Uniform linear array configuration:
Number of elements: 48
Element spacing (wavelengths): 1
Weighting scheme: exponential
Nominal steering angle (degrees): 30
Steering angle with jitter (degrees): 29.213
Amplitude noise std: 0.05
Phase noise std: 0.05

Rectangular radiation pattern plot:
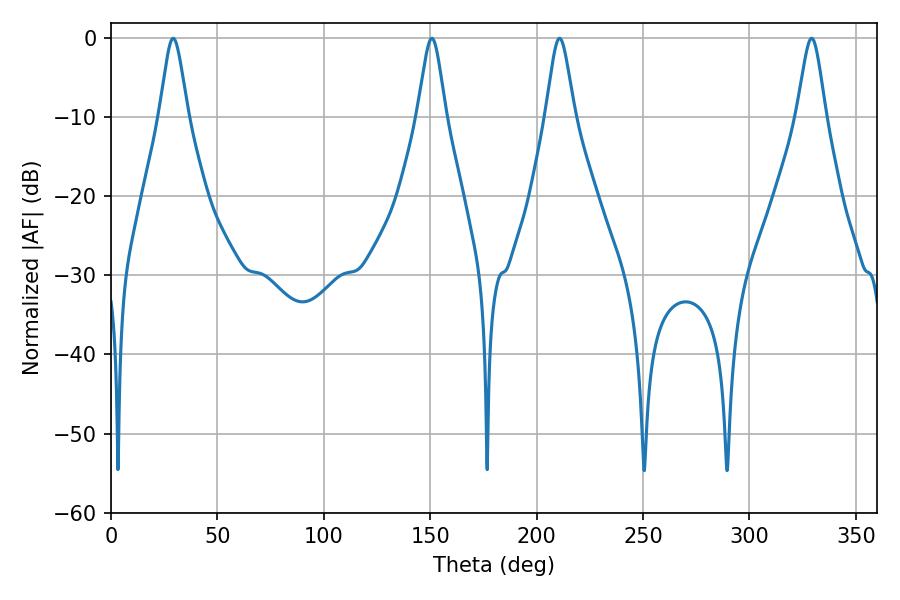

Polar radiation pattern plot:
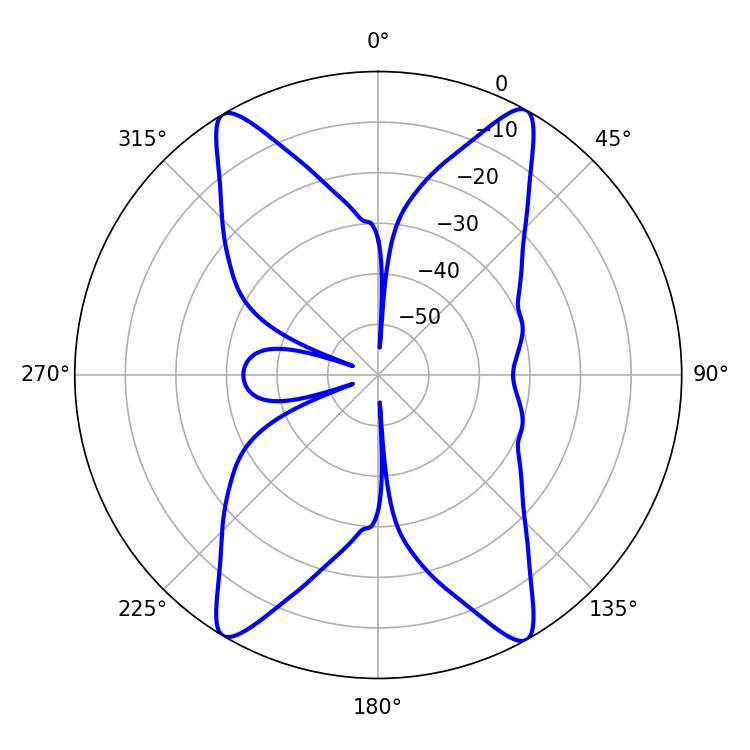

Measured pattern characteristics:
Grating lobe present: TRUE
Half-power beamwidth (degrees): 6.48
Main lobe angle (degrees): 210.78